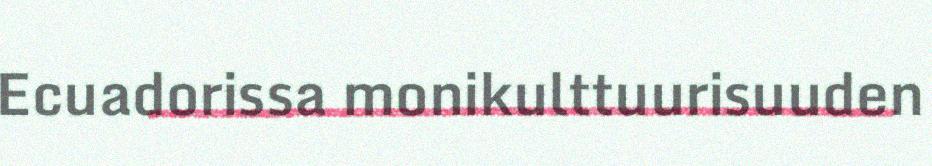
Ecuadorissa monikulttuurisuuden